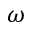
\omega